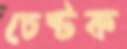
চেষ্টক